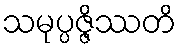
သမုပ္ပဇ္ဇိဿတိ